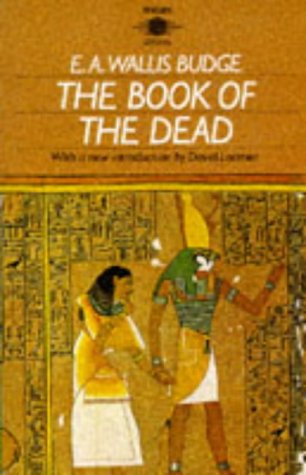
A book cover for The Book of the Dead (Arkana); E. A. Wallis Budge; Religion & Spirituality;